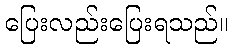
ပြေးလည်းပြေးရသည်။